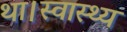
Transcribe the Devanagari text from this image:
था।स्वास्थ्य